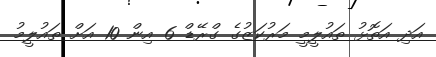
އަދި އަތޮޅު ތައުލީމީ މަރުކަޒުގެ ގްރޭޑް 6 އިން 10 އަށް ތައުލީމު